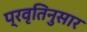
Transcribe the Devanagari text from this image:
प्रवृतिनुसार